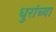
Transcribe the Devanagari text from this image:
धुरांच्या